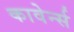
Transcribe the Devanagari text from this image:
कावेर्न्स